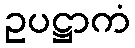
ဥပဋ္ဌာကံ